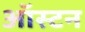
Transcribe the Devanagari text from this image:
ऑस्टन